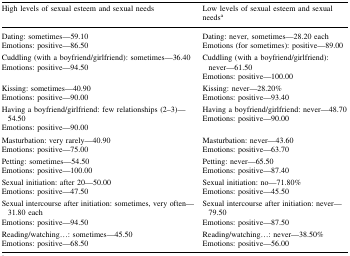
<table><thead><tr><td><b>High levels of sexual esteem and sexual needs</b></td><td><b>Low levels of sexual esteem and sexual needs<sup>a</sup></b></td></tr></thead><tbody><tr><td>Dating: sometimes—59.10Emotions: positive—86.50</td><td>Dating: never, sometimes—28.20 each Emotions (for sometimes): positive—89.00</td></tr><tr><td>Cuddling (with a boyfriend/girlfriend): sometimes—36.40Emotions: positive—94.50</td><td>Cuddling (with a boyfriend/girlfriend): never—61.50Emotions: positive—100.00</td></tr><tr><td>Kissing: sometimes—40.90Emotions: positive—90.00</td><td>Kissing: never—28.20%Emotions: positive—93.40</td></tr><tr><td>Having a boyfriend/girlfriend: few relationships (2–3)—54.50Emotions: positive—90.00</td><td>Having a boyfriend/girlfriend: never—48.70Emotions: positive—90.00</td></tr><tr><td>Masturbation: very rarely—40.90Emotions: positive—75.00</td><td>Masturbation: never—43.60Emotions: positive—63.70</td></tr><tr><td>Petting: sometimes—54.50Emotions: positive—100.00</td><td>Petting: never—65.50Emotions: positive—87.40</td></tr><tr><td>Sexual initiation: after 20—50.00Emotions: positive—47.50</td><td>Sexual initiation: no—71.80%Emotions: positive—45.50</td></tr><tr><td>Sexual intercourse after initiation: sometimes, very often—31.80 eachEmotions: positive—94.50</td><td>Sexual intercourse after initiation: never—79.50Emotions: positive—87.50</td></tr><tr><td>Reading/watching...: sometimes—45.50Emotions: positive—68.50</td><td>Reading/watching...: never—38.50%Emotions: positive—56.00</td></tr></tbody></table>